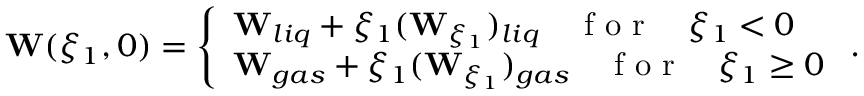
\begin{array} { r } { \mathbf { W } ( \xi _ { 1 } , 0 ) = \left\{ \begin{array} { l l } { \mathbf { W } _ { l i q } + \xi _ { 1 } ( \mathbf { W } _ { \xi _ { 1 } } ) _ { l i q } \quad \mathrm { ~ f ~ o ~ r ~ } \quad \xi _ { 1 } < 0 } \\ { \mathbf { W } _ { g a s } + \xi _ { 1 } ( \mathbf { W } _ { \xi _ { 1 } } ) _ { g a s } \quad \mathrm { ~ f ~ o ~ r ~ } \quad \xi _ { 1 } \geq 0 } \end{array} \right. . } \end{array}